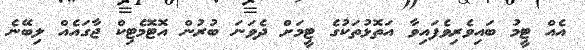
އެއް ޓީމު ބައިވެރިވެފައިވާ އަތޮޅުތަކުގެ ޓީމަށް ދެވަނަ ބުރުން އޮޓޮމެޓިކް ޖާގައެއް ލިބޭނެ